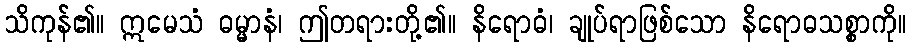
သိကုန်၏။ ဣမေသံ ဓမ္မာနံ၊ ဤတရားတို့၏။ နိရောဓံ၊ ချုပ်ရာဖြစ်သော နိရောဓသစ္စာကို။